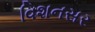
વિશનસર